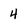
Character: 4